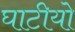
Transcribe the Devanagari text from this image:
घाटीयो